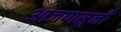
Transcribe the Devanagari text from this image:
आजपासुनी